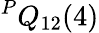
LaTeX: ^PQ_{12}(4)